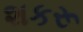
શકરૂ